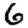
Digit: 6